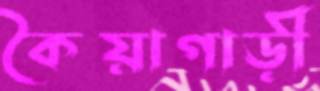
কৈয়াগাড়ী